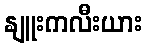
နျူးကလီးယား